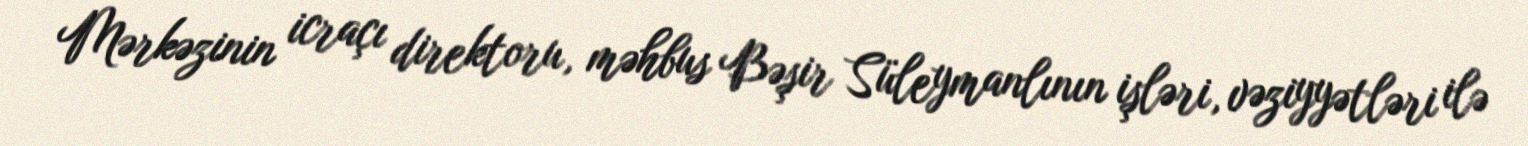
Mərkəzinin icraçı direktoru, məhbus Bəşir Süleymanlının işləri, vəziyyətləri ilə